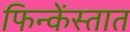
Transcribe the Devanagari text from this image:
फिन्केंस्तात